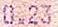
0.23